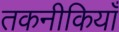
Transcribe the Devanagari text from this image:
तकनीकियाँ